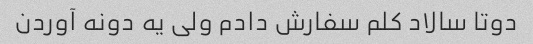
دوتا سالاد کلم سفارش دادم ولی یه دونه آوردن